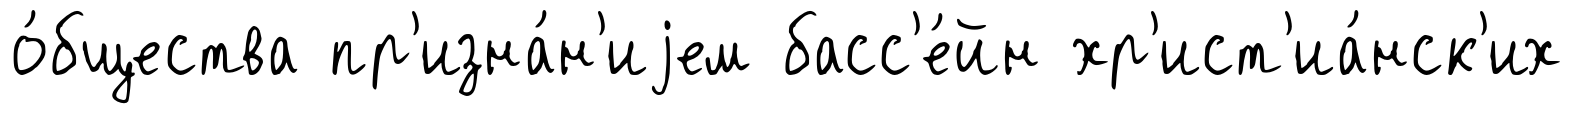
о́бщества пр'изна́н'иjем басс'е́йн хр'ист'иа́нск'их